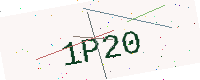
Text: 1P20